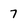
Character: 7